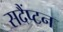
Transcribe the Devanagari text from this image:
सदैंप्टन